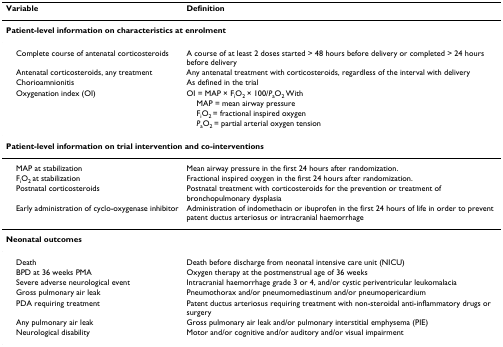
<table><thead><tr><td><b>Variable</b></td><td><b>Definition</b></td></tr></thead><tbody><tr><td colspan="2"><b>Patient-level information on characteristics at enrolment</b></td></tr><tr><td> Complete course of antenatal corticosteroids</td><td>A course of at least 2 doses started &gt; 48 hours before delivery or completed &gt; 24 hours before delivery</td></tr><tr><td> Antenatal corticosteroids, any treatment</td><td>Any antenatal treatment with corticosteroids, regardless of the interval with delivery</td></tr><tr><td> Chorioamnionitis</td><td>As defined in the trial</td></tr><tr><td> Oxygenation index (OI)</td><td>OI = MAP × F<sub>i</sub>O<sub>2 </sub>× 100/<i>P</i><sub>a</sub>O<sub>2 </sub>With</td></tr><tr><td></td><td> MAP = mean airway pressure</td></tr><tr><td></td><td> F<sub>i</sub>O<sub>2 </sub>= fractional inspired oxygen</td></tr><tr><td></td><td> <i>P</i><sub>a</sub>O<sub>2 </sub>= partial arterial oxygen tension</td></tr><tr><td colspan="2"><b>Patient-level information on trial intervention and co-interventions</b></td></tr><tr><td> MAP at stabilization</td><td>Mean airway pressure in the first 24 hours after randomization.</td></tr><tr><td> F<sub>i</sub>O<sub>2 </sub>at stabilization</td><td>Fractional inspired oxygen in the first 24 hours after randomization.</td></tr><tr><td> Postnatal corticosteroids</td><td>Postnatal treatment with corticosteroids for the prevention or treatment of bronchopulmonary dysplasia</td></tr><tr><td> Early administration of cyclo-oxygenase inhibitor</td><td>Administration of indomethacin or ibuprofen in the first 24 hours of life in order to prevent patent ductus arteriosus or intracranial haemorrhage</td></tr><tr><td colspan="2"><b>Neonatal outcomes</b></td></tr><tr><td> Death</td><td>Death before discharge from neonatal intensive care unit (NICU)</td></tr><tr><td> BPD at 36 weeks PMA</td><td>Oxygen therapy at the postmenstrual age of 36 weeks</td></tr><tr><td> Severe adverse neurological event</td><td>Intracranial haemorrhage grade 3 or 4, and/or cystic periventricular leukomalacia</td></tr><tr><td> Gross pulmonary air leak</td><td>Pneumothorax and/or pneumomediastinum and/or pneumopericardium</td></tr><tr><td> PDA requiring treatment</td><td>Patent ductus arteriosus requiring treatment with non-steroidal anti-inflammatory drugs or surgery</td></tr><tr><td> Any pulmonary air leak</td><td>Gross pulmonary air leak and/or pulmonary interstitial emphysema (PIE)</td></tr><tr><td> Neurological disability</td><td>Motor and/or cognitive and/or auditory and/or visual impairment</td></tr></tbody></table>